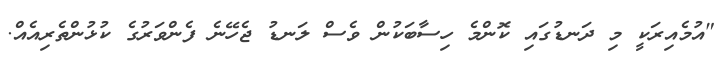
"އުމެއިރަކީ މި ދަނޑުގައި ކޮންމެ ހިސާބަކުން ވެސް ލަނޑު ޖެހޭނެ ފެންވަރުގެ ކުޅުންތެރިއެއް.